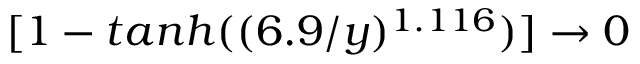
[ 1 - t a n h ( ( 6 . 9 / y ) ^ { 1 . 1 1 6 } ) ] \rightarrow 0